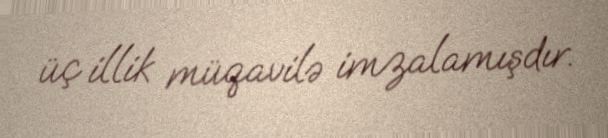
üç illik müqavilə imzalamışdır.